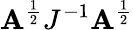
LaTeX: \mathbf{A}^{\frac{{1}}{{2}}}J^{-1}\mathbf{A}^{\frac{{1}}{{2}}}